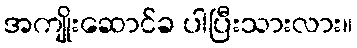
အကျိုးဆောင်ခ ပါပြီးသားလား။